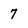
Character: 7